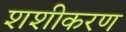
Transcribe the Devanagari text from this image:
शशीकरण